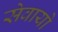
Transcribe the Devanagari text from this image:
सेवायो